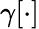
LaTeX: \gamma[\cdot]